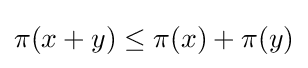
\pi (x+y)\leq \pi (x)+\pi (y)